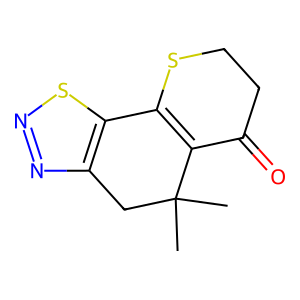
SMILES: CC1(C)Cc2nnsc2C2=C1C(=O)CCS2
Inhibits HIV replication: No